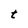
Character: t